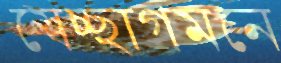
স্বেচ্ছাগমনে